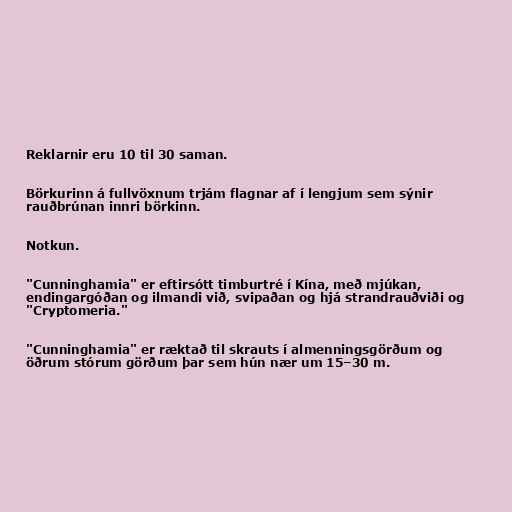
Reklarnir eru 10 til 30 saman.

Börkurinn á fullvöxnum trjám flagnar af í lengjum sem sýnir
rauðbrúnan innri börkinn.

Notkun.

"Cunninghamia" er eftirsótt timburtré í Kína, með mjúkan,
endingargóðan og ilmandi við, svipaðan og hjá strandrauðviði og
"Cryptomeria."

"Cunninghamia" er ræktað til skrauts í almenningsgörðum og
öðrum stórum görðum þar sem hún nær um 15–30 m.